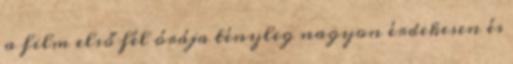
a film első fél órája tényleg nagyon érdekesen és